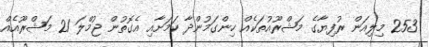
253 މިލިއަން ރުފިޔާގެ މަޝްރޫއުތަކެއް ހިންގަމުންދާ ކަމަށާއި އެގޮތުން ޖުމްލަ 21 މަޝްރޫއެއް